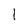
Character: l